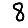
Digit: 8